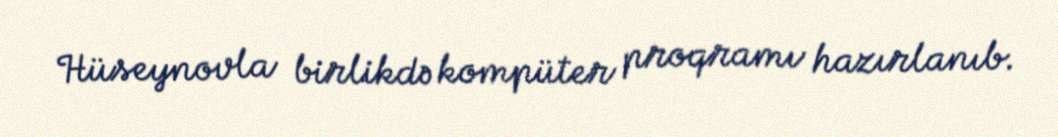
Hüseynovla birlikdə kompüter proqramı hazırlanıb.